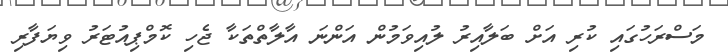
މަސްރަހުގައި ކުރި އަށް ބަލާއިރު ލުއިވަމުން އަންނަ އާލާތްތަކާ ޖެހި ކޮމްޕިއުޓަރު ވިޔަފާރި